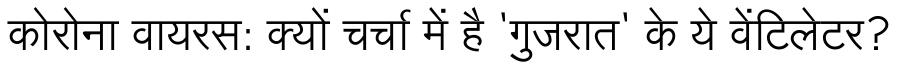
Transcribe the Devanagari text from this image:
कोरोना वायरस: क्यों चर्चा में है 'गुजरात' के ये वेंटिलेटर?